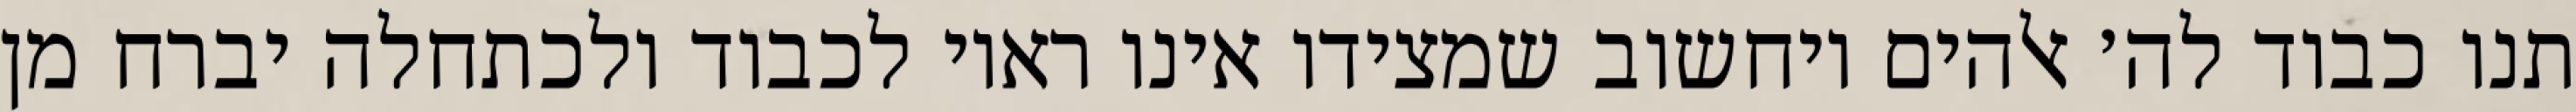
תנו כבוד לה׳ אלהים ויחשוב שמצידו אינו ראוי לכבוד ולכתחלה יברח מן